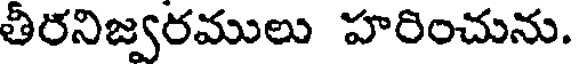
తీరనిజ్వరములు హరించును.